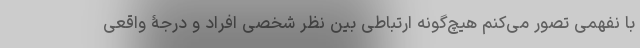
با نفهمی تصور می‌کنم هیچ‌گونه ارتباطی بین نظر شخصی افراد و درجۀ واقعی